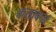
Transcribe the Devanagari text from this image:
कसाबचा